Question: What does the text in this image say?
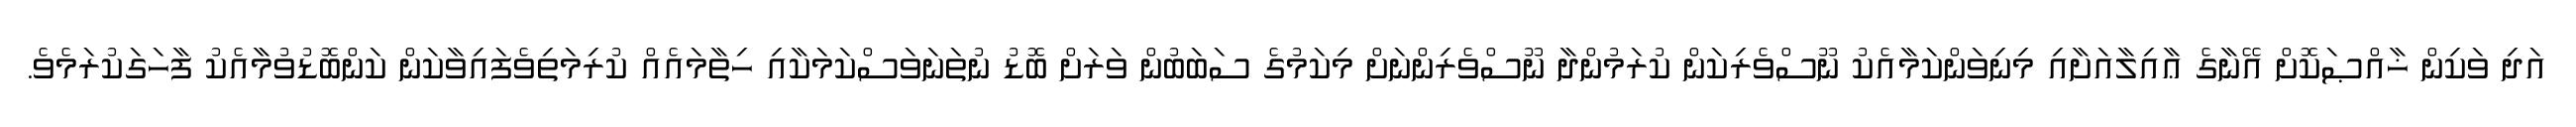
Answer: އަދި ވަކިން ޚާއްޞަކޮށް އޭނާގެ ޢާއިލާއަށާއި މިނިވަންކަމާއެކު ނޫސްވެރިކަން ކުރަމުންދާ ނޫސްވެރިންނަށް މިކަމުގެ ސަބަބުން ވަރަށް ބޮޑު ނުތަނަވަސްކަމަކާއި ހިތާމައެއް ކުރިމަތިވެފައިވާކަން ކަންބޮޑުވުމާއެކު ފާހަގަކުރަމެވެ.